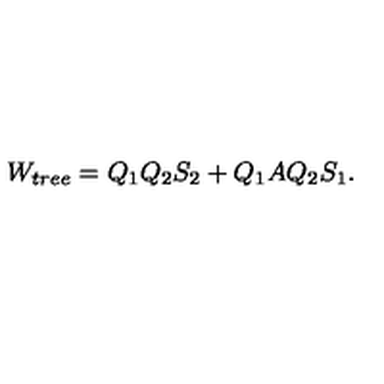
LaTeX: W _ { t r e e } = Q _ { 1 } Q _ { 2 } S _ { 2 } + Q _ { 1 } A Q _ { 2 } S _ { 1 } .